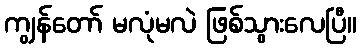
ကျွန်တော် မလုံမလဲ ဖြစ်သွားလေပြီ။